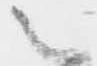
之